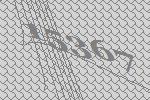
15367